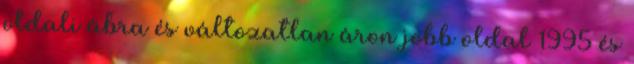
oldali ábra és változatlan áron jobb oldal 1995 és